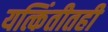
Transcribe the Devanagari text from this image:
यत्किंतीतही